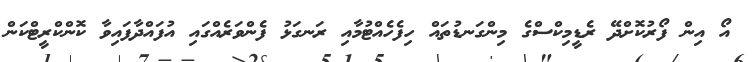
އޯ އިން ފޯރުކޮށްދޭ ރެޑީމިކްސްގެ މިންގަނޑުތައް ހިފެހެއްޓުމާއި ރަނގަޅު ފެންވަރެއްގައި އުފައްދާފައިވާ ކޮންކްރީޓްކަން